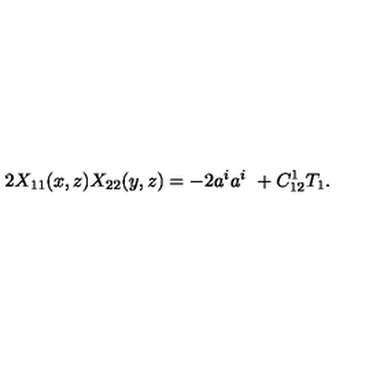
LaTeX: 2 X _ { 1 1 } ( x , z ) X _ { 2 2 } ( y , z ) = - 2 a ^ { i } a ^ { i } \ + C _ { 1 2 } ^ { 1 } T _ { 1 } .